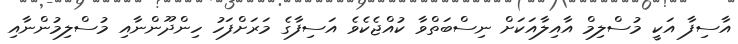
އާސިފާ އަކީ މުސްލިމް އާއިލާއަކަށް ނިސްބަތްވާ ކުއްޖެކެވެ އަސިފާގެ މަރަށްފަހު ހިންދޫންނާއި މުސްލިމުންނާއި